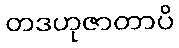
တဒဟုဇာတာပိ